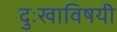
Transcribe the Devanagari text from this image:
दुःखाविषयी